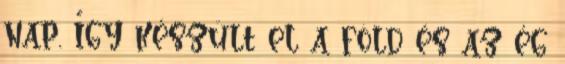
nap. Így készült el a föld és az ég